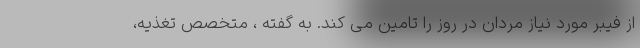
از فیبر مورد نیاز مردان در روز را تامین می کند. به گفته ، متخصص تغذیه،